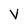
Character: V